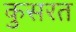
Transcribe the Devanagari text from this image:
कुसरत